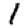
Digit: 1